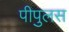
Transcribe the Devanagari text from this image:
पीपुलस